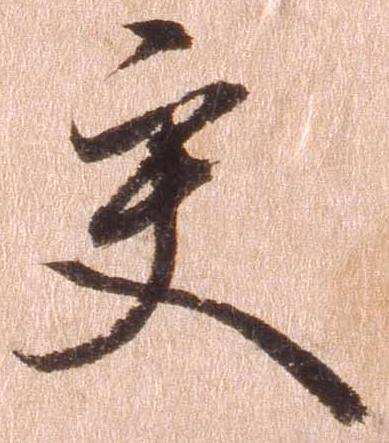
交